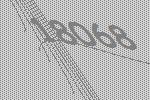
18068